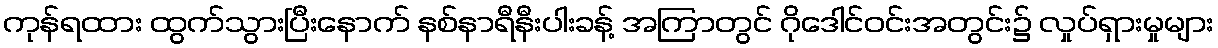
ကုန်ရထား ထွက်သွားပြီးနောက် နစ်နာရီနီးပါးခန့် အကြာတွင် ဂိုဒေါင်ဝင်းအတွင်း၌ လှုပ်ရှားမှုများ